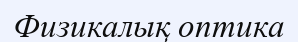
Физикалық оптика